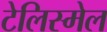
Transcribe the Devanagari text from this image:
टेलिस्मेल